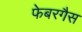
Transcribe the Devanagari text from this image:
फेबरगैस